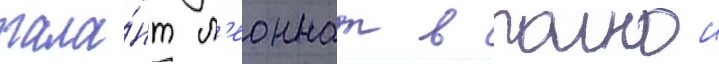
тала́нт л'еоннат в полнои